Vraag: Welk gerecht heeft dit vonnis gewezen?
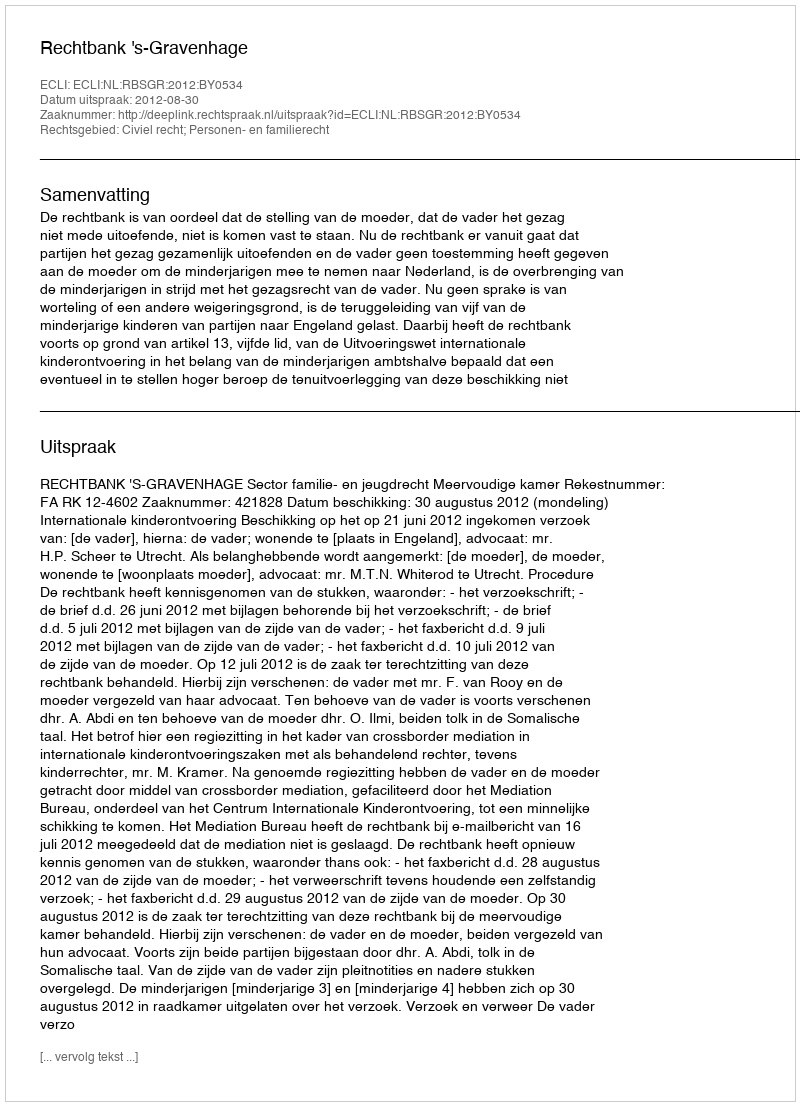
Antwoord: Rechtbank 's-Gravenhage